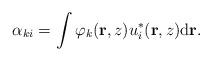
LaTeX: \begin{align*}\alpha_{ki}=\int\varphi_k(\mathbf{r},z)u_i^*(\mathbf{r},z) \mathrm{d} \mathbf{r}.\end{align*}